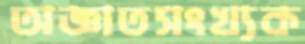
অজ্ঞাতসংখ্যক